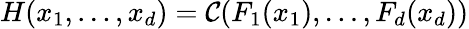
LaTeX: H(x_{1},\dots,x_{d})=\mathcal{C}(F_{1}(x_{1}),\dots,F_{d}(x_{d}))